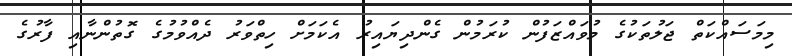
މިމަސައްކަތް ޖަލުތަކުގެ މުވައްޒަފުން ކުރަމުން ގެންދިޔައިރު އެކަމަށް ހިތްވަރު ދެއްވުމުގެ ގޮތުންނާއި ފާރުގެ